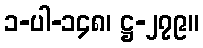
၁-ပါ-၁၄၈၊ ဋ္ဌ-၂၇၉။